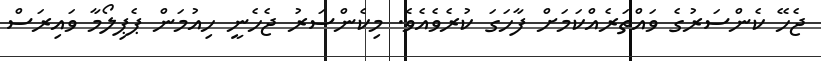
ޖެހޭ ކެންސަރުގެ ވައްތަރެއްކަމަށް ފާހަގަ ކުރެވެއެވެ. މިކެންސަރު ޖެހެނީ ހިއުމަން ޕެޕިލޯމާ ވައިރަސް